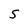
Character: S